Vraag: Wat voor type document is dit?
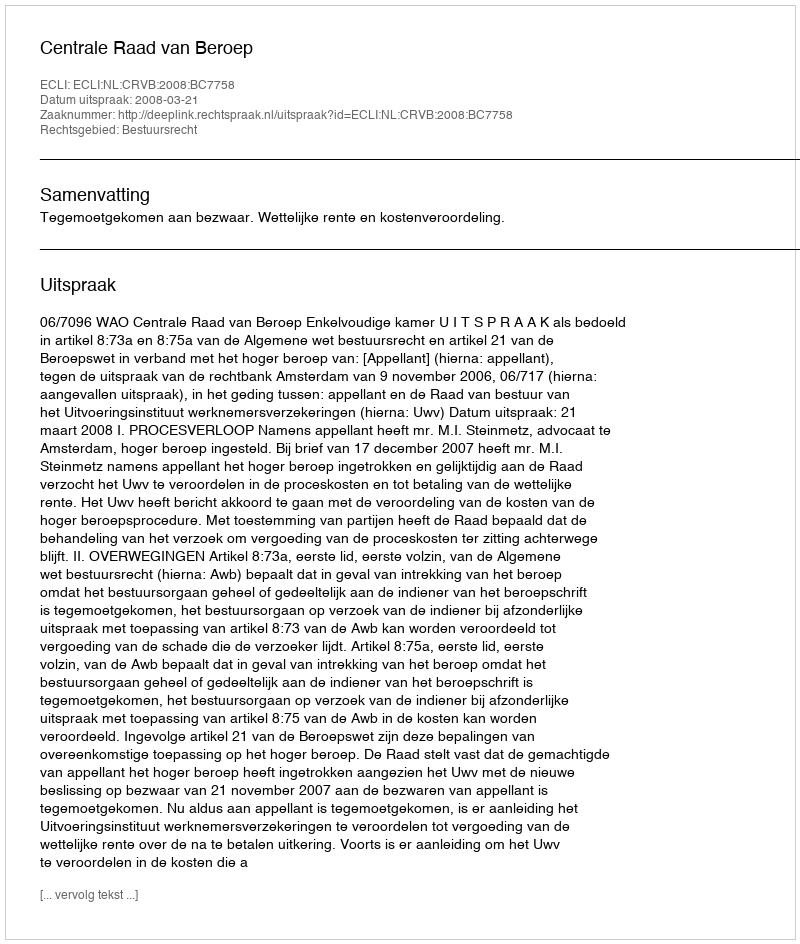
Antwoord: Uitspraak